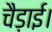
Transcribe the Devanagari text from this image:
चैड़ाई।